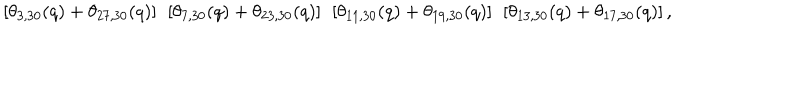
\left[ \theta _ { 3 , 3 0 } ( q ) + \theta _ { 2 7 , 3 0 } ( q ) \right] { } ~ \left[ \theta _ { 7 , 3 0 } ( q ) + \theta _ { 2 3 , 3 0 } ( q ) \right] { } ~ \left[ \theta _ { 1 1 , 3 0 } ( q ) + \theta _ { 1 9 , 3 0 } ( q ) \right] { } ~ \left[ \theta _ { 1 3 , 3 0 } ( q ) + \theta _ { 1 7 , 3 0 } ( q ) \right] ,